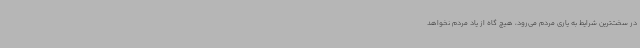
در سخت‌ترین شرایط به یاری مردم می‌رود، هیچ گاه از یاد مردم نخواهد